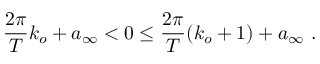
\frac { 2 \pi } { T } k _ { o } + a _ { \infty } < 0 \le \frac { 2 \pi } { T } ( k _ { o } + 1 ) + a _ { \infty } \ .